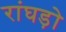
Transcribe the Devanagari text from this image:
रांघड़ो